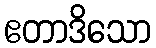
ဧတာဒိသော